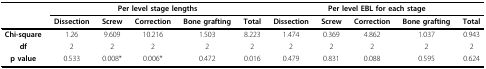
<table><thead><tr><td></td><td colspan="5"><b>Per level stage lengths</b></td><td colspan="5"><b>Per level EBL for each stage</b></td></tr><tr><td></td><td><b>Dissection</b></td><td><b>Screw</b></td><td><b>Correction</b></td><td><b>Bone grafting</b></td><td><b>Total</b></td><td><b>Dissection</b></td><td><b>Screw</b></td><td><b>Correction</b></td><td><b>Bone grafting</b></td><td><b>Total</b></td></tr></thead><tbody><tr><td><b>Chi-square</b></td><td>1.26</td><td>9.609</td><td>10.216</td><td>1.503</td><td>8.223</td><td>1.474</td><td>0.369</td><td>4.862</td><td>1.037</td><td>0.943</td></tr><tr><td><b>df</b></td><td>2</td><td>2</td><td>2</td><td>2</td><td>2</td><td>2</td><td>2</td><td>2</td><td>2</td><td>2</td></tr><tr><td><b>p value</b></td><td>0.533</td><td>0.008*</td><td>0.006*</td><td>0.472</td><td>0.016</td><td>0.479</td><td>0.831</td><td>0.088</td><td>0.595</td><td>0.624</td></tr></tbody></table>